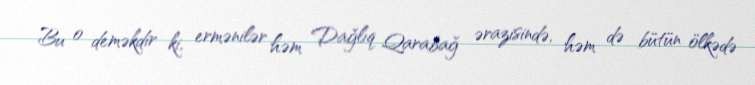
Bu o deməkdir ki, ermənilər həm Dağlıq Qarabağ ərazisində, həm də bütün ölkədə